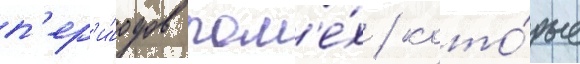
п'ер'и́одов пом'е́х / кото́рые